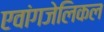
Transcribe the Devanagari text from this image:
एवांगजेलिकल